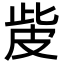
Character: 𤿙